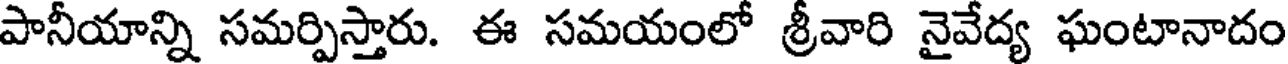
పానీయాన్ని సమర్పిస్తారు. ఈ సమయంలో శ్రీవారి నైవేద్య ఘంటానాదం